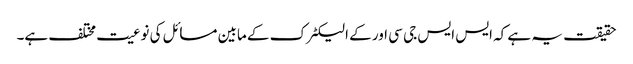
حقیقت یہ ہے کہ ایس ایس جی سی اور کے الیکٹرک کے مابین مسائل کی نوعیت مختلف ہے۔